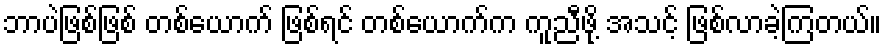
ဘာပဲဖြစ်ဖြစ် တစ်ယောက် ဖြစ်ရင် တစ်ယောက်က ကူညီဖို့ အသင့် ဖြစ်လာခဲ့ကြတယ်။